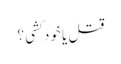
قتل یا خود کشی ؟